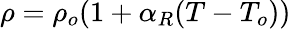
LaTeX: \rho=\rho_{o}(1+\alpha_{R}(T-T_{o}))